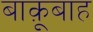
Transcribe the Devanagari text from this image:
बाक़ूबाह